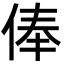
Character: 俸